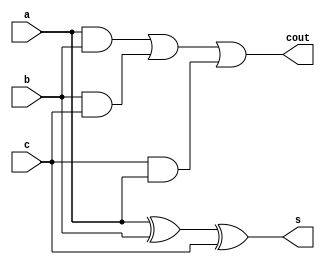
module fulladder(a,b,c,s,cout);
input a,b,c;
output s,cout;
assign s=a^b^c;
assign cout=(a&b)||(b&c)||(c&a);
endmodule

module ripple_adder(a,b,cin,s,cout);
input [3:0]a,b;
input cin;
output [3:0]s;
output cout;
wire c1,c2,c3;
fulladder f1(a[0],b[0],cin,s[0],c1);
fulladder f2(a[1],b[1],c1,s[1],c2);
fulladder f3(a[2],b[2],c2,s[2],c3);
fulladder f4(a[3],b[3],c3,s[3],cout);
endmodule

module rippleadder_tb;
reg [3:0]a,b;
reg cin;
wire [3:0]s;
wire cout;
integer i;
ripple_adder r1(a,b,cin,s,cout);
initial
begin 
for (i=0;i<512;i=i+1)
begin
#2 {a,b,cin}=i;
end
end
endmodule